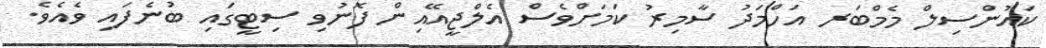
ކައުންސިލް މެމްބަރ އަހްމަދު ސާމިރު ކަމަށްވެސް އެލްޖީއޭއިން ފޮނުވި ސިޓީގައި ބުނެފައި ވެއެވެ.